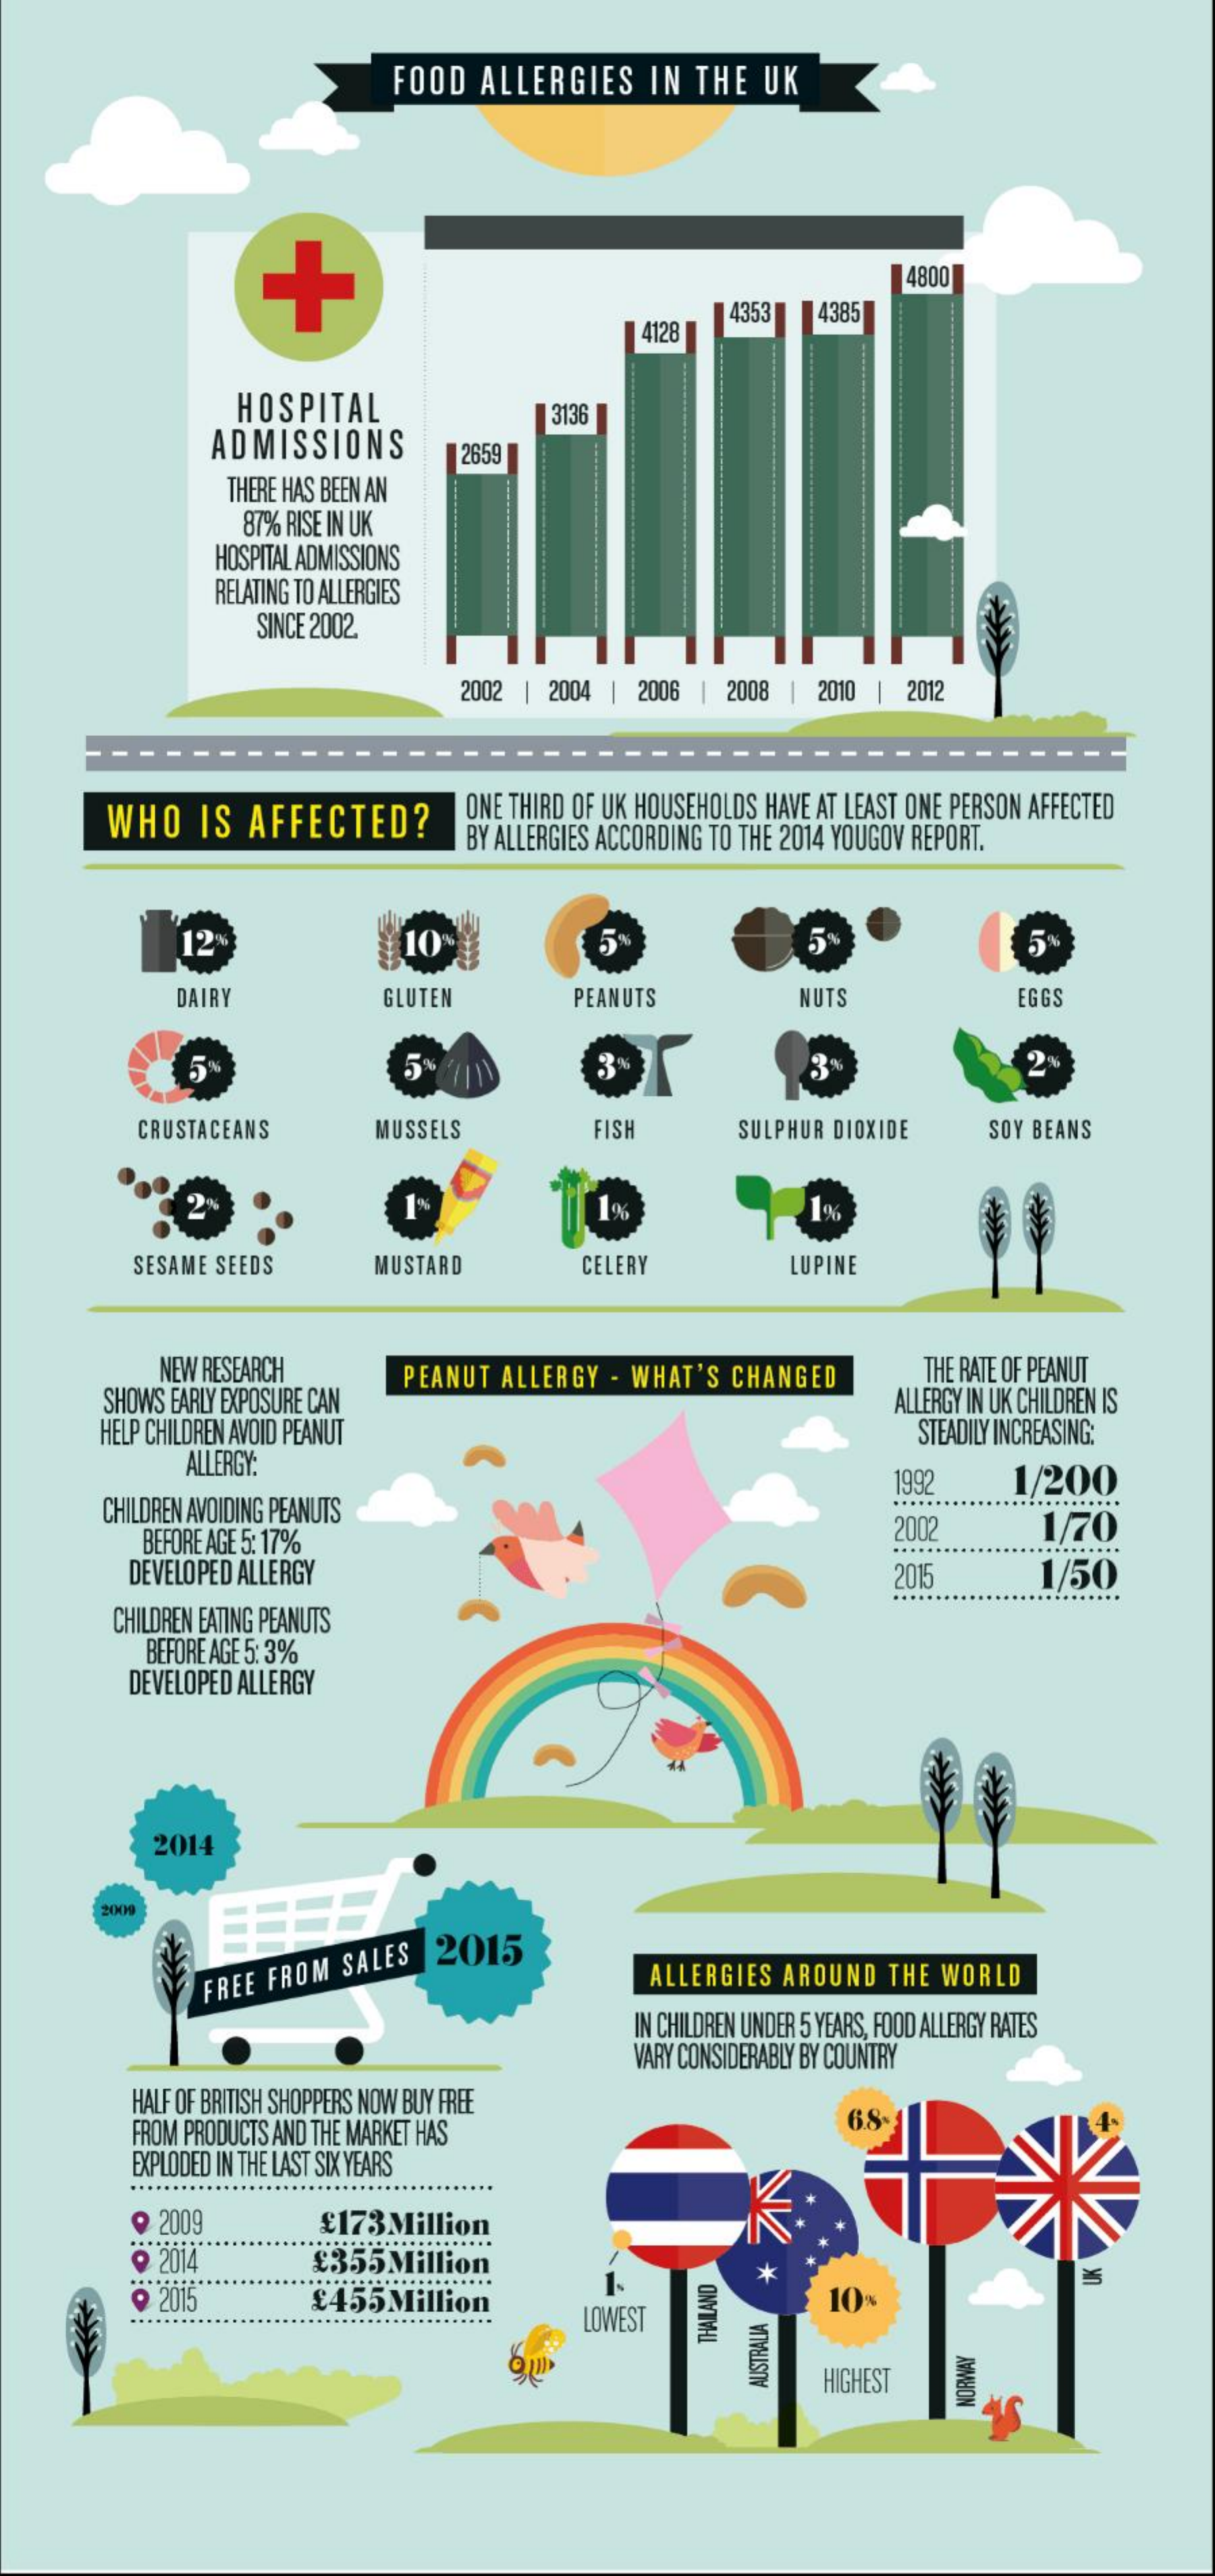
FOOD ALLERGIES  IN THE UK
     4800
     4128
     4353  4385
     ............................
     HOSPITAL
     ADMISSIONS
     3136
     2659
     THERE HAS BEEN AN
     87% RISE IN UK
     HOSPITAL ADMISSIONS
     ---------- RELATING TO ALLERGIES
     ----- SINCE 2002.
     2002 | 2004 | 2006 | 2008 | 2010 | 2012
     --
     WHO  IS  AFFECTED?    ONE THIRD OF UK HOUSEHOLDS HAVE AT LEAST ONE PERSON AFFECTED
     BY ALLERGIES ACCORDING TO THE 2014 YOUGOV REPORT.
     12%    5    5
     DAIRY    GLUTEN    PEANUTS    NUTS    EGGS
     3    2
     CRUSTACEANS    MUSSELS    FISH    SULPHUR DIOXIDE SOY BEANS
     SESAME SEEDS   MUSTARD    CELERY    LUPINE
     NEW RESEARCH
     SHOWS EARLY EXPOSURE CAN
     PEANUT ALLERGY - WHAT'S CHANGED THE RATE OF PEANUT
     HELP CHILDREN AVOID PEANUT
     ALLERGY IN UK CHILDREN IS
     STEADILY INCREASING:
     ALLERGY:
     CHILDREN AVOIDING PEANUTS
     1992   1/200
     BEFORE AGE 5: 17%    2002    1/70
     DEVELOPED ALLERGY    2015    1/50
     CHILDREN EATING PEANUTS
     BEFORE AGE 5: 3%
     DEVELOPED ALLERGY
     2014
     2009
     2015
     FREE FROM SALES    ALLERGIES AROUND THE WORLD
     IN CHILDREN UNDER 5 YEARS, FOOD ALLERGY RATES
     VARY CONSIDERABLY BY COUNTRY
     HALF OF BRITISH SHOPPERS NOW BUY FREE
     FROM PRODUCTS AND THE MARKET HAS
     6.8-
     EXPLODED IN THE LAST SIX YEARS
     K. ₱ 2009 £173Million
     9 2014    £355Million    *
     @ 2015    £455Million
     LOWEST
     10% THAILAND
     HIGHEST
     AUSTRALIA    NORWAY